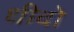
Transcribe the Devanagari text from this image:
धीदो